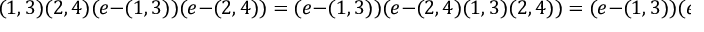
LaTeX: ( 1 , 3 ) ( 2 , 4 ) ( e - ( 1 , 3 ) ) ( e - ( 2 , 4 ) ) = ( e - ( 1 , 3 ) ) ( e - ( 2 , 4 ) ( 1 , 3 ) ( 2 , 4 ) ) = ( e - ( 1 , 3 ) ) ( e - ( 2 , 4 ) )